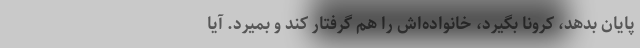
پایان بدهد، کرونا بگیرد، خانواده‌اش را هم گرفتار کند و بمیرد. آیا